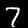
Label: 7